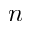
n